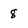
Character: 8